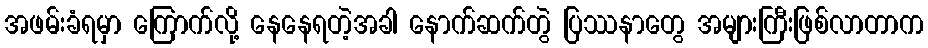
အဖမ်းခံရမှာ ကြောက်လို့ နေနေရတဲ့အခါ နောက်ဆက်တွဲ ပြဿနာတွေ အများကြီးဖြစ်လာတာက